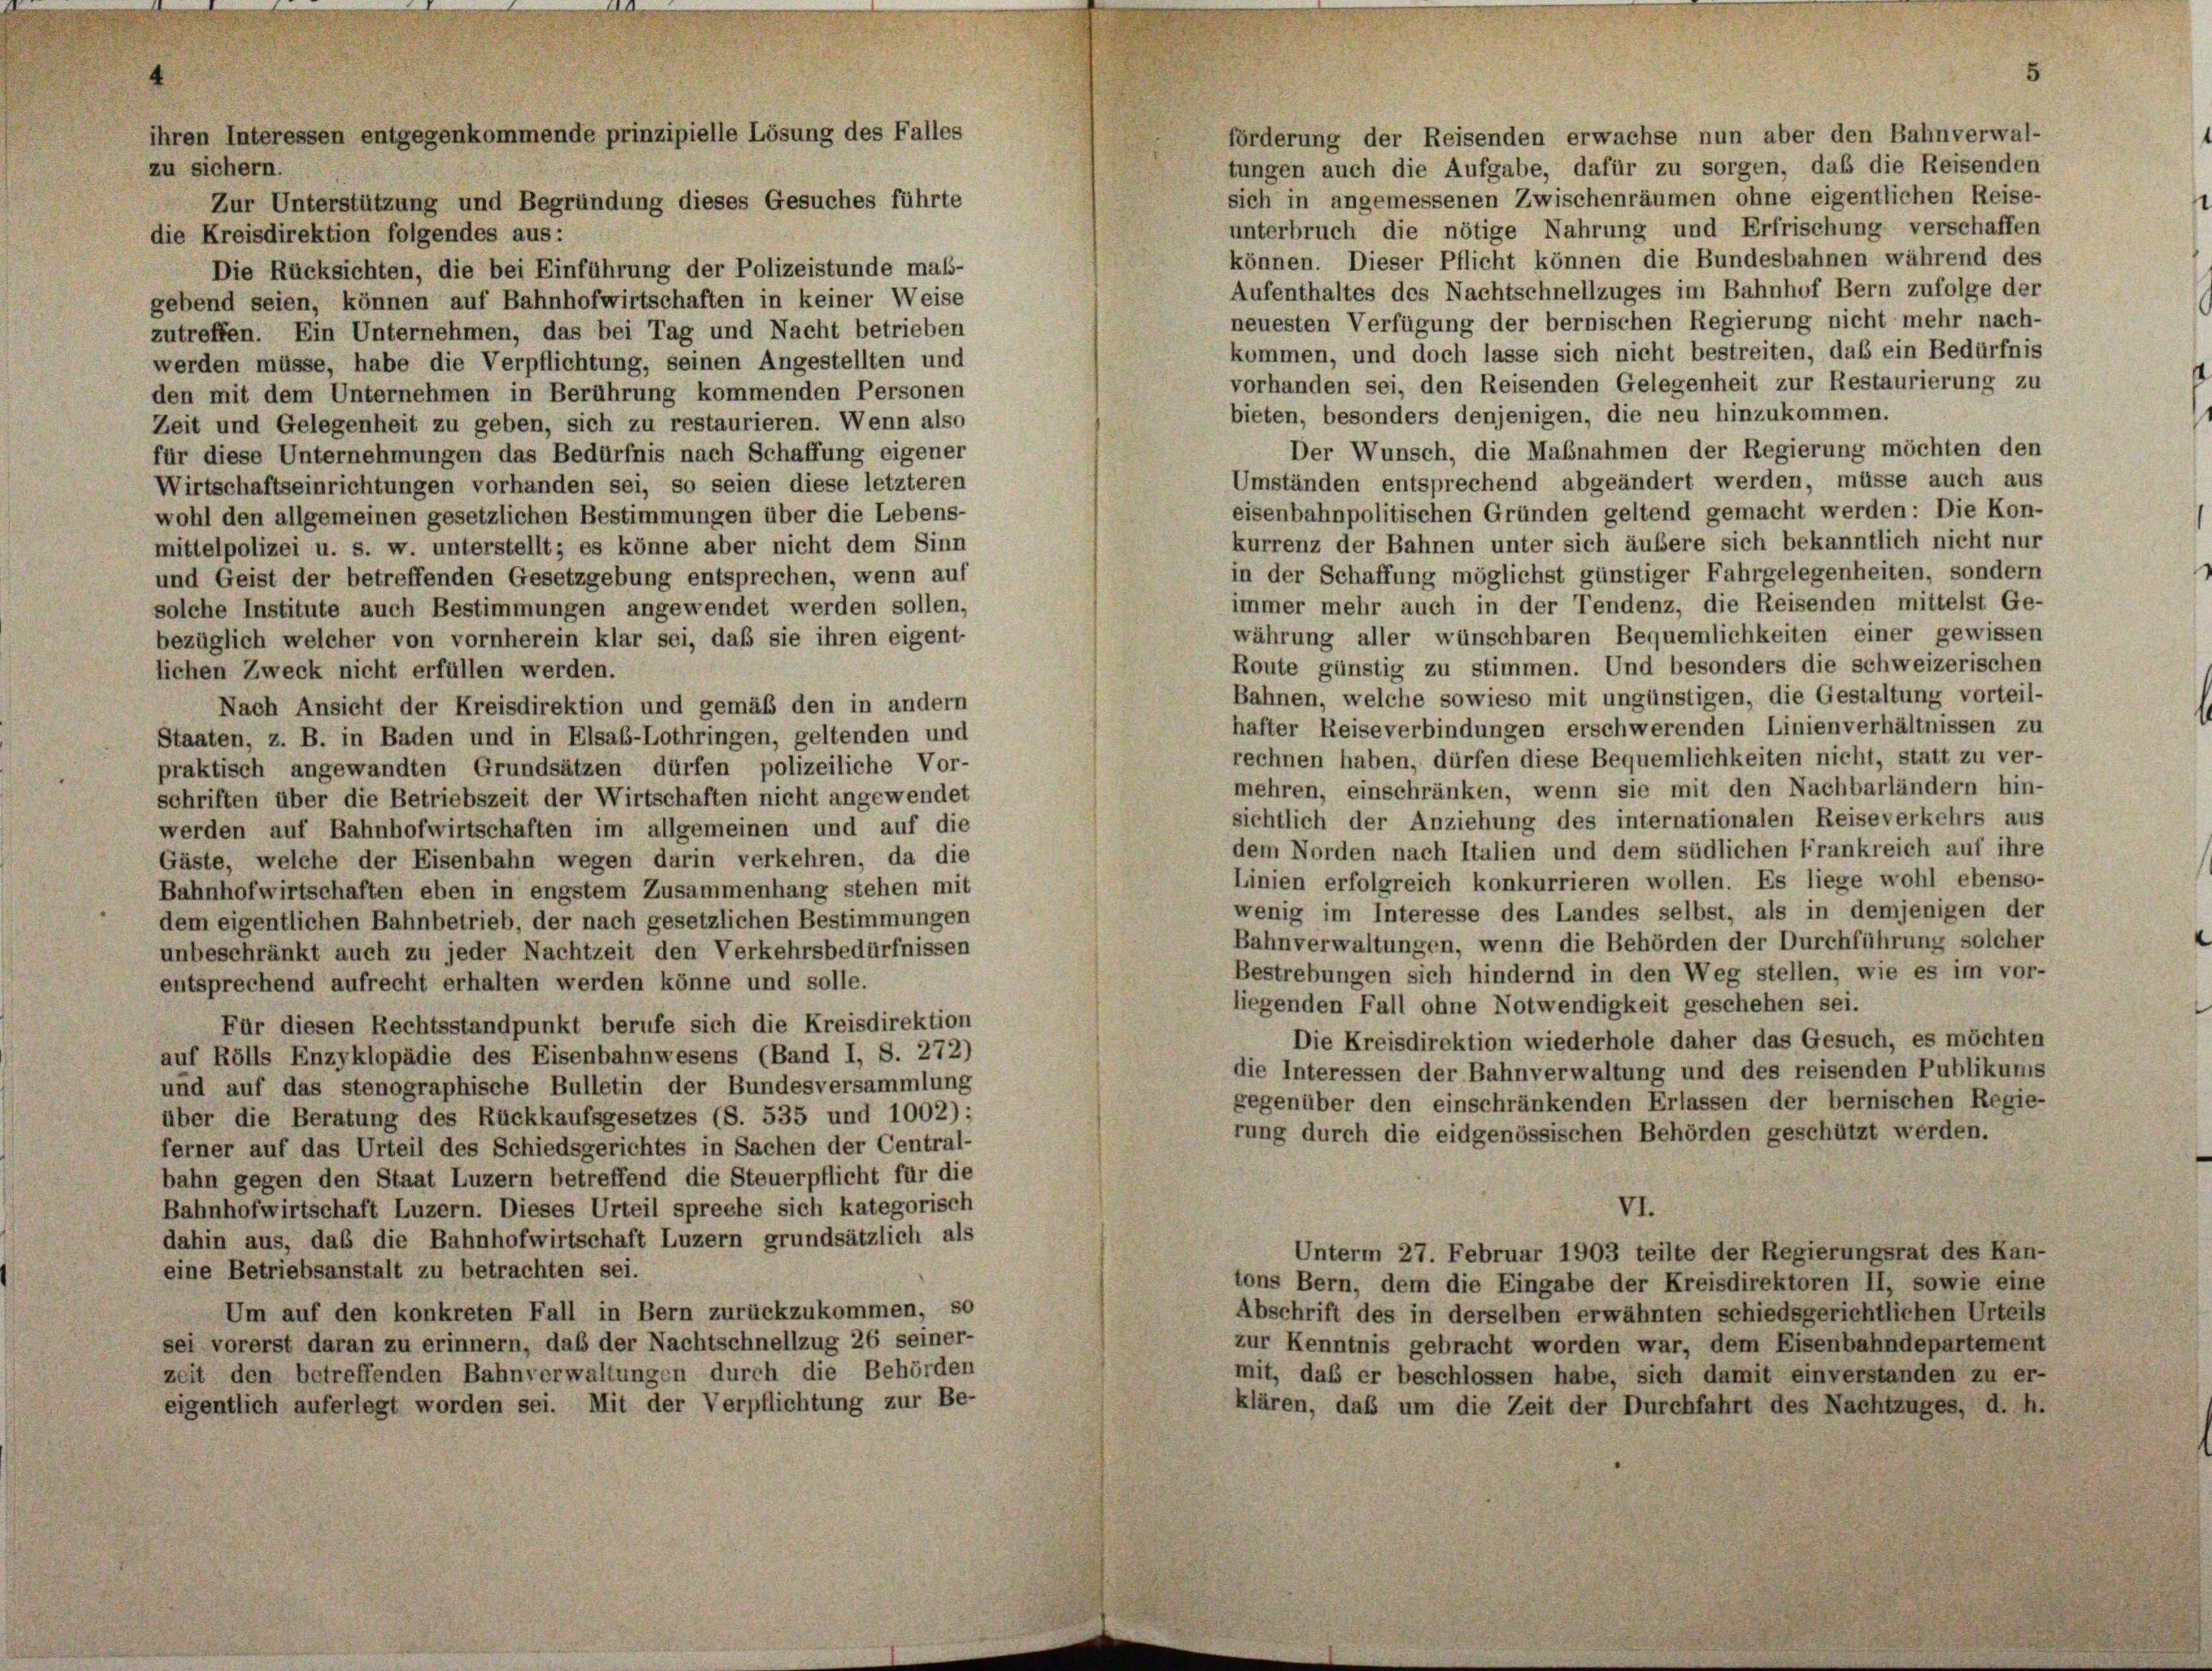
ihren Interessen entgegenkommende prinzipielle Lösung des Falles
zu sichern.
Zur Unterstützung und Begründung dieses Gesuches führte

die Kreisdirektion folgendes aus:
Die Rücksichten, die bei Einführung der Polizeistunde mal-
gebend seien, können auf Bahnhofwirtschaften in keiner Weise
zutreffen. Ein Unternehmen, das bei Tag und Nacht betrieben
werden müsse, habe die Verpflichtung, seinen Angestellten und
den mit dem Unternehmen in Berührung kommenden Personen
Zeit und Gelegenheit zu geben, sich zu restaurieren. Wenn also
für diese Unternehmungen das Bedürfnis nach Schaffung eigener
Wirtschaftseinrichtungen vorhanden sei, so seien diese letzteren
wohl den allgemeinen gesetzlichen Bestimmungen über die Lebens-
mittelpolizei u. s. w. unterstellt; es könne aber nicht dem Sinn
und Geist der betreffenden Gesetzgebung entsprechen, wenn auf
solche Institute auch Bestimmungen angewendet werden sollen,
bezüglich welcher von vornherein klar sei, daß sie ihren eigent-
lichen Zweck nicht erfüllen werden.
Nach Ansicht der Kreisdirektion und gemäß den in andern
Staaten, z. B. in Baden und in Elsab-Lothringen, geltenden und
praktisch angewandten Grundsätzen dürfen polizeiliche Vor-
schriften über die Betriebszeit der Wirtschaften nicht angewendet
werden auf Bahnhofwirtschaften im allgemeinen und auf die
Gäste, welche der Eisenbahn wegen darin verkehren, da die
Bahnhofwirtschaften eben in engstem Zusammenhang stehen mit
dem eigentlichen Bahnbetrieb, der nach gesetzlichen Bestimmungen
unbeschränkt auch zu jeder Nachtzeit den Verkehrsbedürfnissen
entsprechend aufrecht erhalten werden könne und solle.
Für diesen Rechtsstandpunkt berufe sich die Kreisdirektion
auf Rölls Enzyklopädie des Eisenbahnwesens (Band I, S. 272
und auf das stenographische Bulletin der Bundesversammlung
über die Beratung des Rückkaufsgesetzes (S. 535 und 1002):
ferner auf das Urteil des Schiedsgerichtes in Sachen der Central-
bahn gegen den Staat Luzern betreffend die Steuerpflicht für die
Bahnhofwirtschaft Luzern. Dieses Urteil spreche sich kategorisch
dahin aus, daß die Bahnhofwirtschaft Luzern grundsätzlich als
eine Betriebsanstalt zu betrachten sei.
Um auf den konkreten Fall in Bern zurückzukommen, so
sei vorerst daran zu erinnern, daß der Nachtschnellzug 26 seiner-
zeit den betreffenden Bahnverwaltungen durch die Behörden
eigentlich auferlegt worden sei. Mit der Verpflichtung zur Be-

5

forderung der Reisenden erwachse nun aber den Bahnverwal-
tungen auch die Aufgabe, dafür zu sorgen, das die Reisenden
sich in angemessenen Zwischenräumen ohne eigentlichen Reise-
unterbruch die nötige Nahrung und Erfrischung verschaffen
können. Dieser Pflicht können die Bundesbahnen während des
Aufenthaltes des Nachtschnellzuges im Bahnhof Bern zufolge der
neuesten Verfügung der bernischen Regierung nicht mehr nach-
kommen, und doch lasse sich nicht bestreiten, daß ein Bedürfnis
vorhanden sei, den Reisenden Gelegenheit zur Restaurierung zu
bieten, besonders denjenigen, die neu hinzukommen.
Der Wunsch, die Maßnahmen der Regierung möchten den
Umständen entsprechend abgeändert werden, müsse auch aus
eisenbahnpolitischen Gründen geltend gemacht werden: Die Kon-
kurrenz der Bahnen unter sich äußere sich bekanntlich nicht nur
in der Schaffung möglichst günstiger Fahrgelegenheiten, sondern
immer mehr auch in der Tendenz, die Reisenden mittelst Ge-
währung aller wünschbaren Bequemlichkeiten einer gewissen
Route günstig zu stimmen. Und besonders die schweizerischen
Bahnen, welche sowieso mit ungünstigen, die Gestaltung vorteil-
hafter Reiseverbindungen erschwerenden Linienverhältnissen zu
rechnen haben, dürfen diese Bequemlichkeiten nicht, statt zu ver-
mehren, einschränken, wenn sie mit den Nachbarländern hin-
sichtlich der Anziehung des internationalen Reiseverkehrs aus
dem Norden nach Italien und dem südlichen Frankreich auf ihre
Linien erfolgreich konkurrieren wollen. Es liege wohl ebenso-
wenig im Interesse des Landes selbst, als in demjenigen der
Bahnverwaltungen, wenn die Behörden der Durchführung solcher
Bestrebungen sich hindernd in den Weg stellen, wie es im vor-
liegenden Fall ohne Notwendigkeit geschehen sei.
Die Kreisdirektion wiederhole daher das Gesuch, es möchten
die Interessen der Bahnverwaltung und des reisenden Publikums
gegenüber den einschränkenden Erlassen der bernischen Regie-
rung durch die eidgenössischen Behörden geschützt werden.
VI.
Unterm 27. Februar 1903 teilte der Regierungsrat des Kan-
tons Bern, dem die Eingabe der Kreisdirektoren II, sowie eine
Abschrift des in derselben erwähnten schiedsgerichtlichen Urteils
zur Kenntnis gebracht worden war, dem Eisenbahndepartement
mit, das er beschlossen habe, sich damit einverstanden zu er-
klären, daß um die Zeit der Durchfahrt des Nachtzuges, d. h.